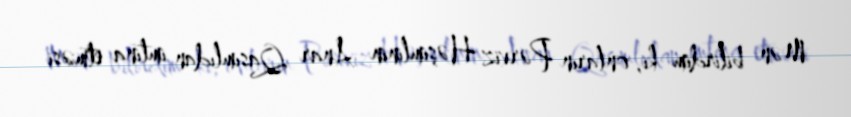
Mən bilirdim ki, onların Pərviz Həşimlinin Anar Qasımlıdan imtina etməsi